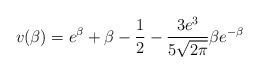
LaTeX: \begin{align*}v(\beta) = e^\beta + \beta - \frac{1}{2} - \frac{3e^3}{5\sqrt{2\pi}}\beta e^{-\beta}\end{align*}